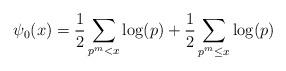
LaTeX: \begin{align*}\psi_0(x) = \frac{1}{2}\sum_{p^m<x} \log(p) + \frac{1}{2}\sum_{p^m\leq x} \log(p)\end{align*}